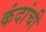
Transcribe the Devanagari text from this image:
कंदांची